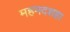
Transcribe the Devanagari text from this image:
महमदशहा